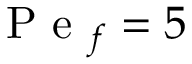
\mathrm { ~ P ~ e ~ } _ { f } = 5